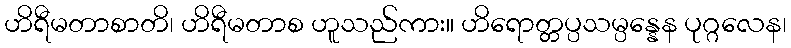
ဟိရီမတာစာတိ၊ ဟိရီမတာစ ဟူသည်ကား။ ဟိရောတ္တပ္ပသမ္ပန္နေန ပုဂ္ဂလေန၊